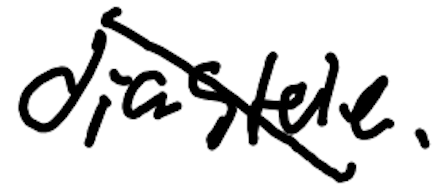
Text: diastole.
Cross-out: mix
Writing tool: digital_black